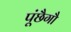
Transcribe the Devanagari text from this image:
पूंछैगौ